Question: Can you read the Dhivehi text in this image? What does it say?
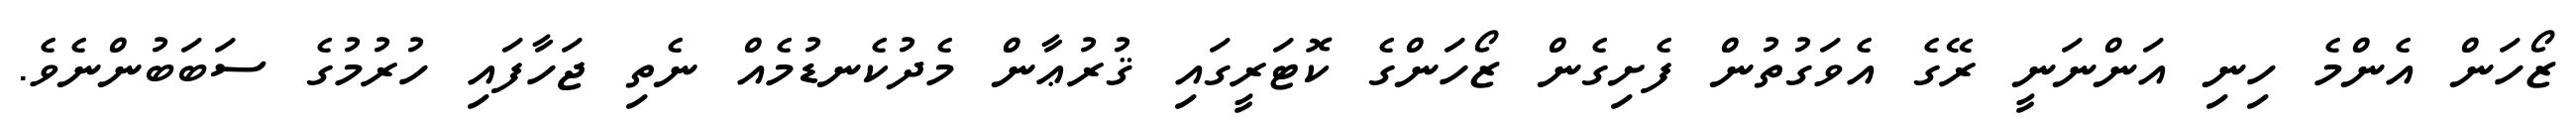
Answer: ޒޯހަން އެންމެ ހިނި އަންނަނީ ރޭގެ އެވަގުތުން ފެށިގެން ޒޯހަންގެ ކޮޓަރީގައި ޤުރުޢާން މެދުކެނޑުމެއް ނެތި ޖަހާފައި ހުރުމުގެ ސަބަބުންނެވެ.